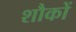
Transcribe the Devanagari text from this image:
शौकों